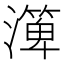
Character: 㵺